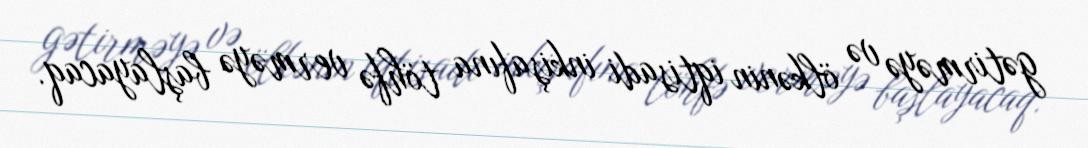
gətirməyə və ölkənin iqtisadi inkişafına töhfə verməyə başlayacaq.